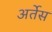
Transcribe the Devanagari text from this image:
अर्तेस